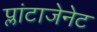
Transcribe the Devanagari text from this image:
प्लांटाजेनेट